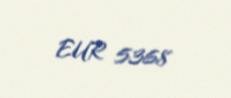
EUR 5368